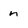
Character: n